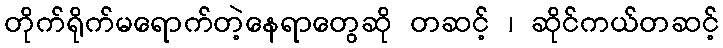
တိုက်ရိုက်မရောက်တဲ့နေရာတွေဆို တဆင့် ၊ ဆိုင်ကယ်တဆင့်